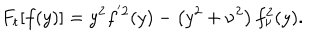
F _ { \mathrm { t } } [ f ( y ) ] = y ^ { 2 } f ^ { ^ { \prime } 2 } ( y ) - \left( y ^ { 2 } + \nu ^ { 2 } \right) f _ { \nu } ^ { 2 } ( y ) .